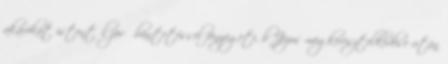
akarókat istentől jövő büntetéssel fenyegeti. b Jézus megkeresztelkedése után